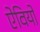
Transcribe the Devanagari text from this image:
ऐवियो